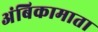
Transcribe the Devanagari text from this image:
अंबिकामाता